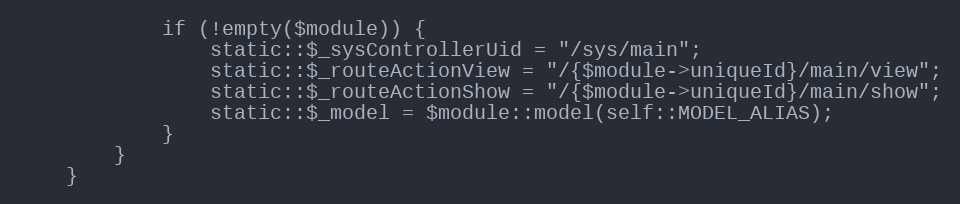
Language: PHP
            if (!empty($module)) {
                static::$_sysControllerUid = "/sys/main";
                static::$_routeActionView = "/{$module->uniqueId}/main/view";
                static::$_routeActionShow = "/{$module->uniqueId}/main/show";
                static::$_model = $module::model(self::MODEL_ALIAS);
            }
        }
    }